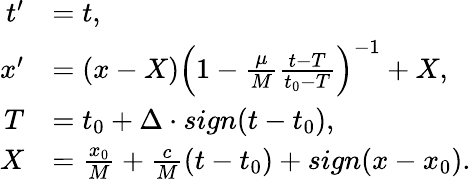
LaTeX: \begin{array}{rl}{t^{\prime}}&{=t,}\\ {x^{\prime}}&{=\left(x-X\right)\left(1-\frac{\mu}{M}\frac{t-T}{t_{0}-T}\right)^{-1}+X,}\\ {T}&{=t_{0}+\Delta\cdot sign(t-t_{0}),}\\ {X}&{=\frac{x_{0}}{M}+\frac{c}{M}(t-t_{0})+sign(x-x_{0}).}\end{array}